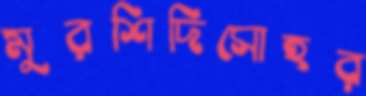
মুরশিদিসোহর